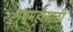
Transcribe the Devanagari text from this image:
मधुमेहीसाठी